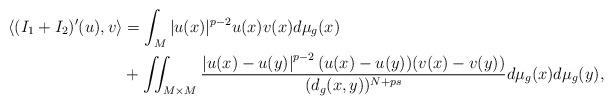
LaTeX: \begin{align*}\langle( I _{1}+ I _{2})'(u),v\rangle &= \int _{M} |u(x)|^{p-2} u(x)v(x)d\mu _g(x) \\&+ \iint_{M\times M} \frac{\left| u(x)-u(y) \right|^{p-2}(u(x)-u(y))(v(x)-v(y))}{(d_g(x,y))^{N+ps}}d\mu _g(x)d\mu _g(y),\end{align*}